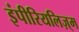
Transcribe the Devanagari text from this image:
इंपीरियलिज़्म